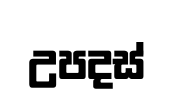
උපදස්